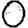
Digit: 0